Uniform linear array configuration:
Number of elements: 48
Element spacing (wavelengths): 0.5
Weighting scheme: exponential
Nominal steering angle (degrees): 30
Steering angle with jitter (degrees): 30.461
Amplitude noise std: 0.05
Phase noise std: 0.05

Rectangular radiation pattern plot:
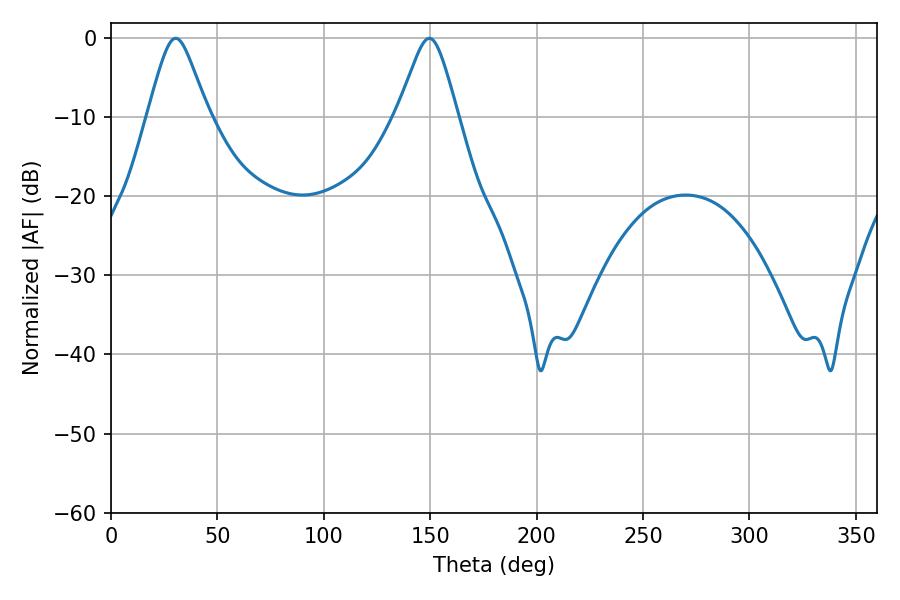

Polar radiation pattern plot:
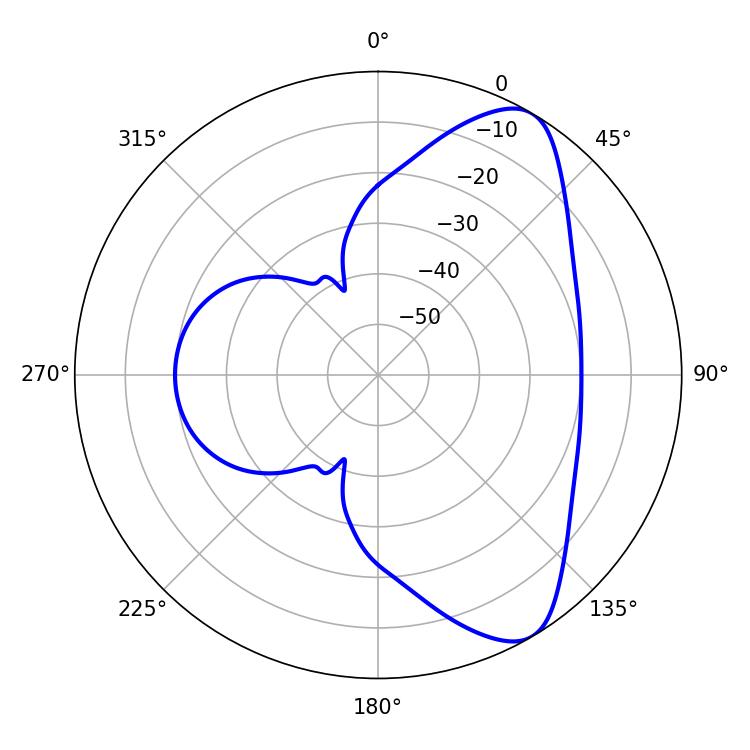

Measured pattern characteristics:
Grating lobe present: FALSE
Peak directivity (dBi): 8.168
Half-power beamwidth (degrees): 13.5
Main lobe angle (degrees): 30.42